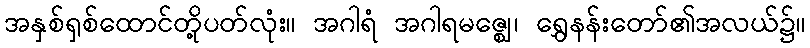
အနှစ်ရှစ်ထောင်တို့ပတ်လုံး။ အဂါရံ အဂါရမဇ္ဈေ၊ ရွှေနန်းတော်၏အလယ်၌။